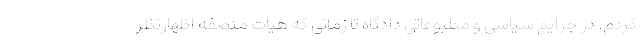
کردم. در جرایم سیاسی و مطبوعاتی دادگاه تا زمانی که هیأت منصفه اظهارنظر